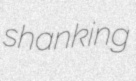
shanking